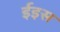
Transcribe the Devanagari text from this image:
ईइस